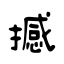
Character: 撼